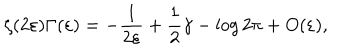
\zeta ( 2 \varepsilon ) \Gamma ( \varepsilon ) = - \frac 1 { 2 \varepsilon } + \frac 1 2 \gamma - \log 2 \pi + O ( \varepsilon ) ,